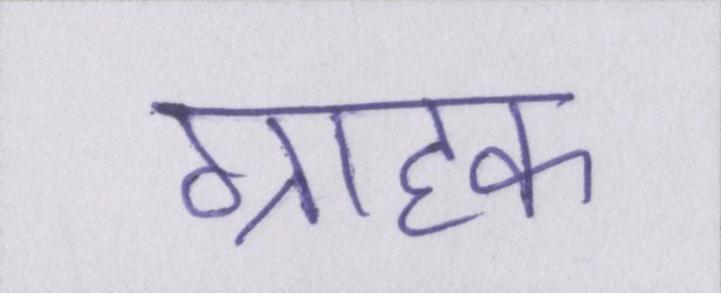
ग्राहक